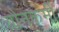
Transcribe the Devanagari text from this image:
यौनकर्मी